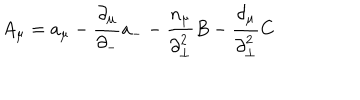
A _ { \mu } = a _ { \mu } - \frac { { \partial } _ { \mu } } { { \partial } _ { - } } a _ { - } - \frac { n _ { \mu } } { { \partial } _ { \bot } ^ { 2 } } B - \frac { { \partial } _ { \mu } } { { \partial } _ { \bot } ^ { 2 } } C